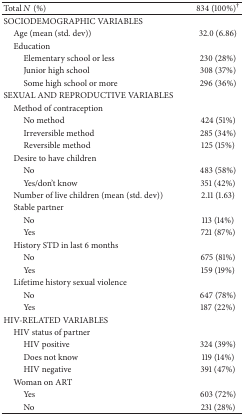
| Total N (%) | 834 (100%)† |
 | --- | --- |
 | SOCIODEMOGRAPHIC VARIABLES |  |
 | Age (mean (std. dev)) | 32.0 (6.86) |
 | Education |  |
 | Elementary school or less | 230 (28%) |
 | Junior high school | 308 (37%) |
 | Some high school or more | 296 (36%) |
 | SEXUAL AND REPRODUCTIVE VARIABLES |  |
 | Method of contraception |  |
 | No method | 424 (51%) |
 | Irreversible method | 285 (34%) |
 | Reversible method | 125 (15%) |
 | Desire to have children |  |
 | No | 483 (58%) |
 | Yes/don't know | 351 (42%) |
 | Number of live children (mean (std. dev)) | 2.11 (1.63) |
 | Stable partner |  |
 | No | 113 (14%) |
 | Yes | 721 (87%) |
 | History STD in last 6 months |  |
 | No | 675 (81%) |
 | Yes | 159 (19%) |
 | Lifetime history sexual violence |  |
 | No | 647 (78%) |
 | Yes | 187 (22%) |
 | HIV-RELATED VARIABLES |  |
 | HIV status of partner |  |
 | HIV positive | 324 (39%) |
 | Does not know | 119 (14%) |
 | HIV negative | 391 (47%) |
 | Woman on ART |  |
 | Yes | 603 (72%) |
 | No | 231 (28%) |